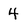
Character: 4